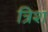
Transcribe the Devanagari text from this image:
त्रिश